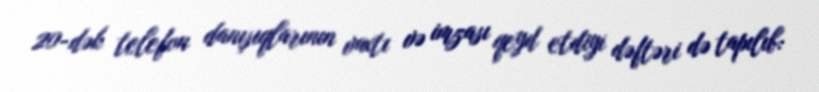
20-dək telefon danışıqlarının vaxtı və imzası qeyd etdiyi dəftəri də tapılıb: